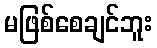
မဖြစ်စေချင်ဘူး